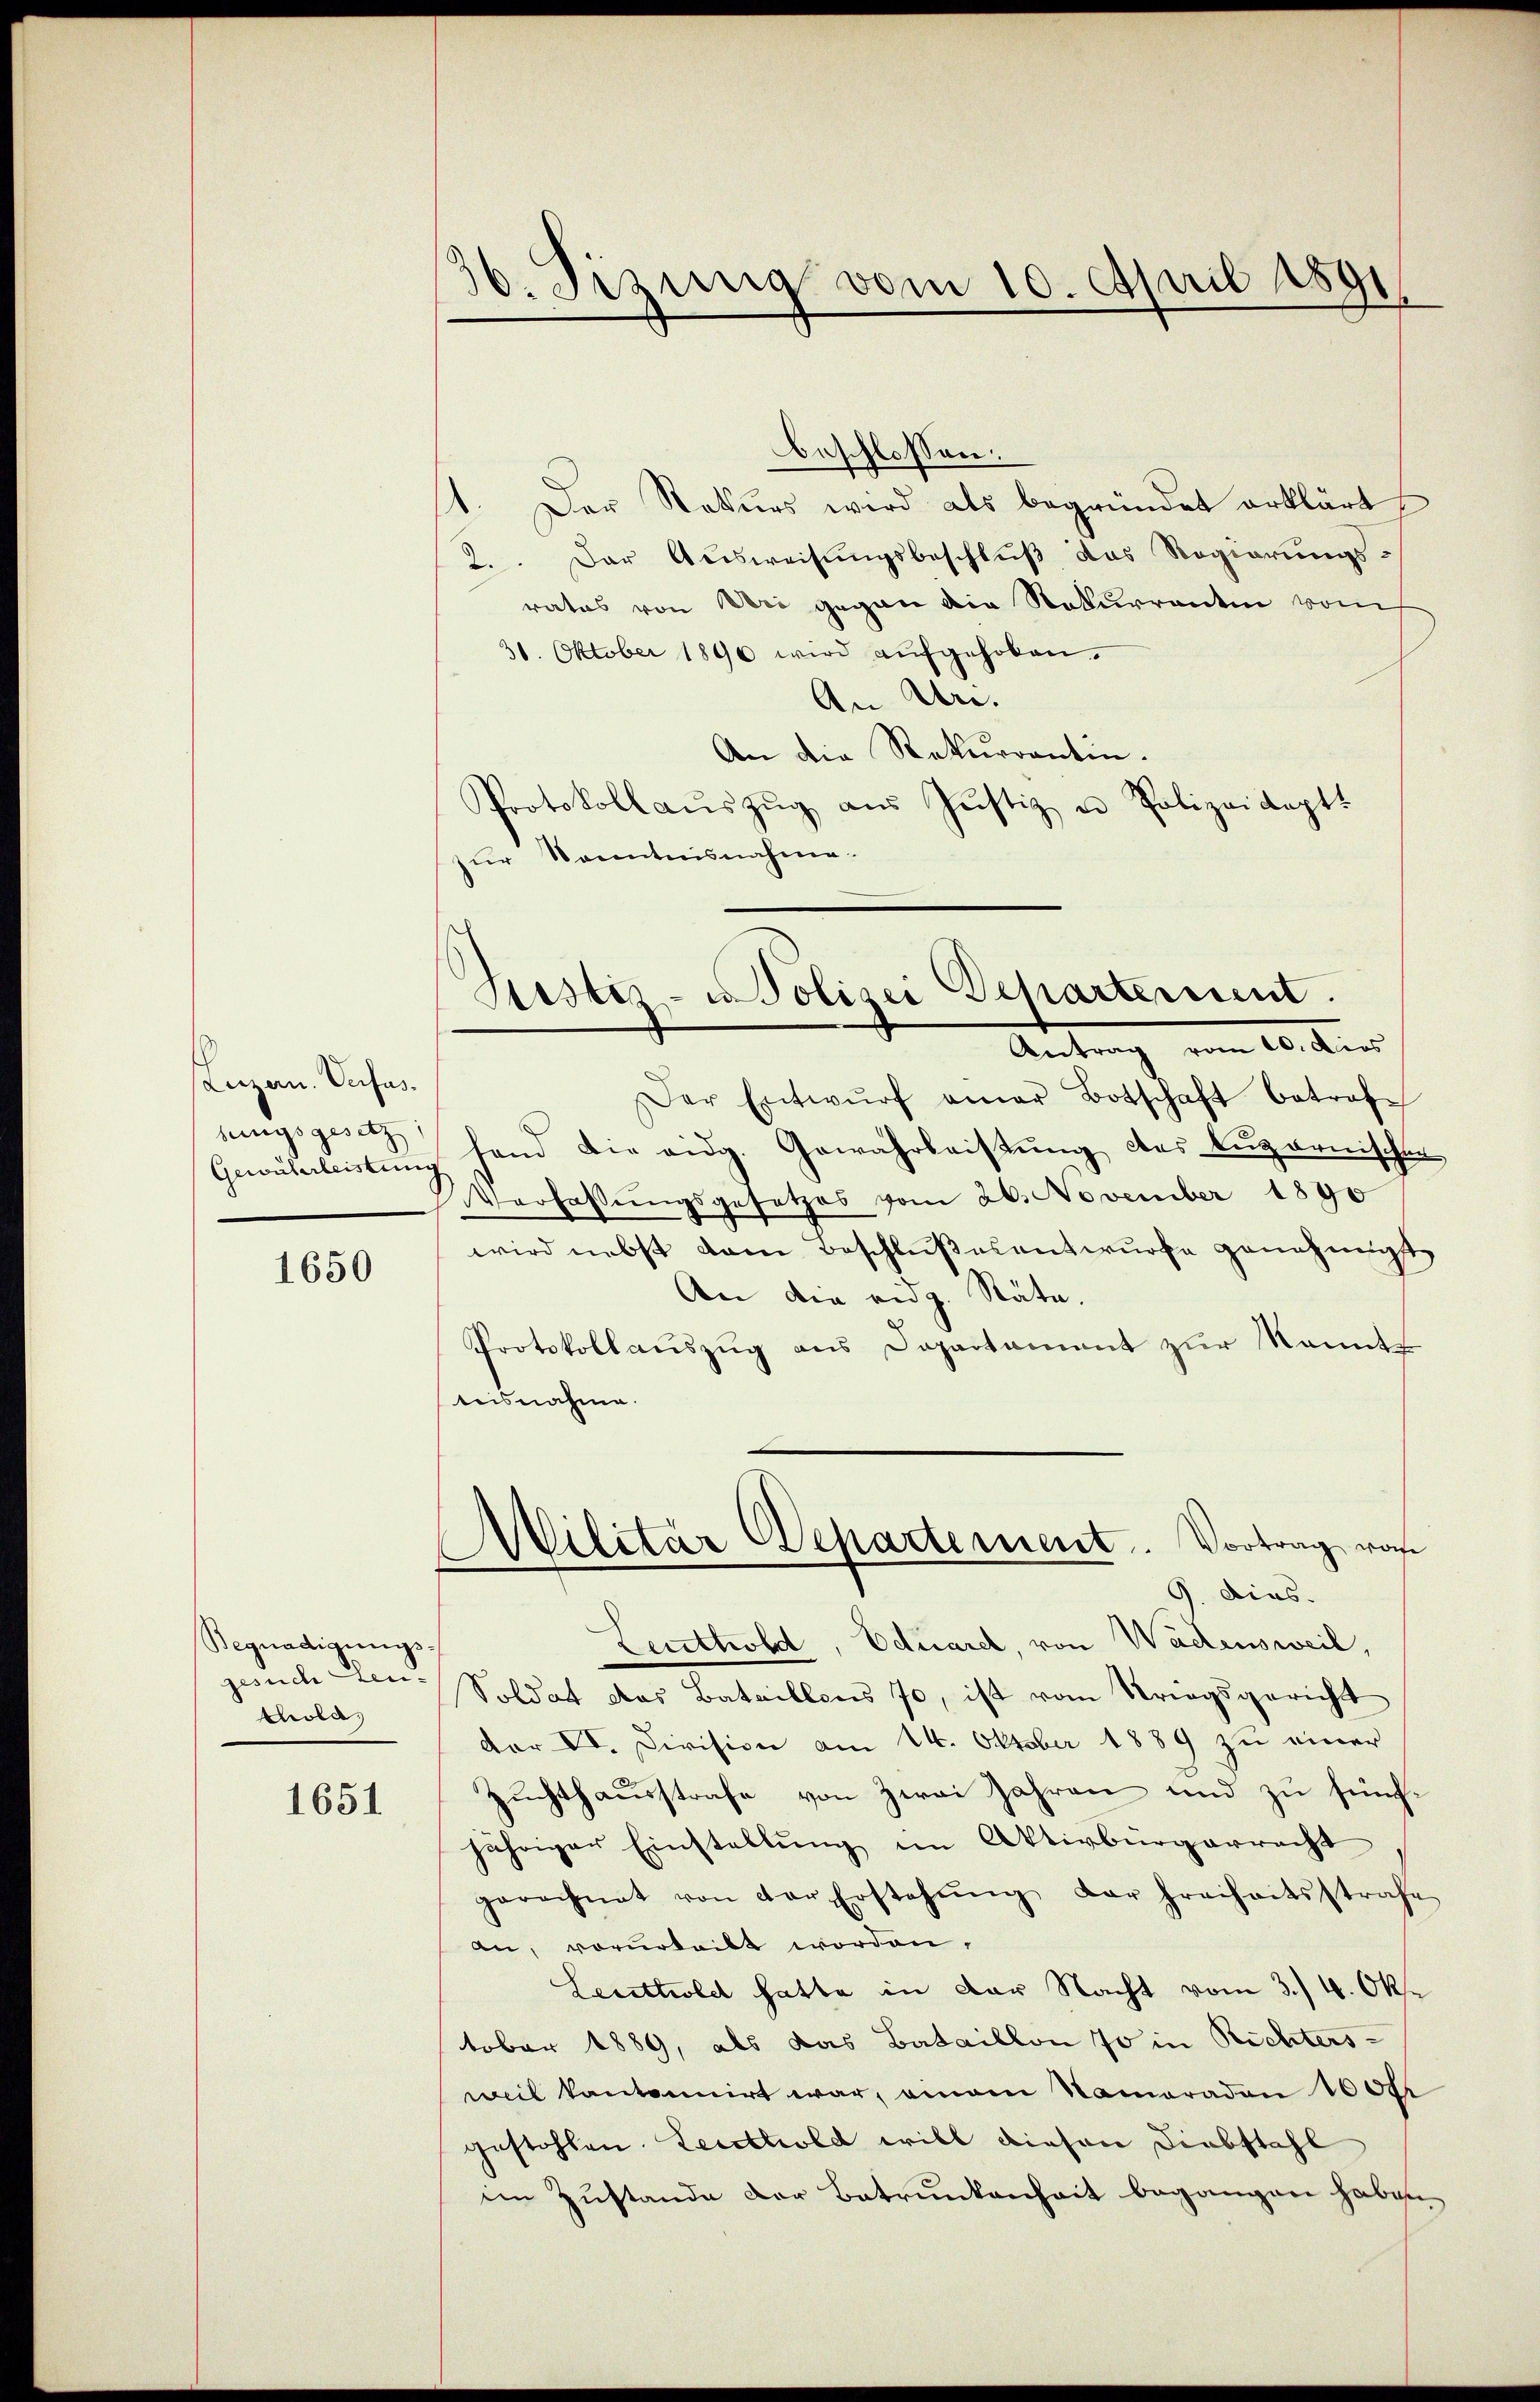
Luzern. Verfasbungsgesetz
Gewährleistung

1650

Begnadigungs-
gesuch Leuchola,

1651

30. Sizung vom 10. April 1891

11. Der Rekŭrs wird als begründet erklärt
2. Der Ausweisungsbeschluß das Regierungsratus von der gegen die Rekurrenten vom
30. Oktober 1890 wird aŭfgehoben.
An Un¬
An die Rekurrentin.
Protokoll aŭszŭg aŭs Justiz u. Polizeikoptt
zur Kenntnisnahme.

beschlossen:

Justiz- u. Polizei Departement.
Antrag vom 10. dies

Militär Departement. Vortrag von
G. dies.

Der Entwŭrf aner Botschaft betroffand die eidg. Gewährleistung des Lugarnischen
Verfassungsgesetzes vom 26. November 1890
wird nebst vom Beschlußesentwurfe genehmigt,
An die eidg. Räte.
Protokollauszug aus Departament zur kannts
teisnahme.
Leuthold, Eduarel, von Wädensweil,
Soldat das Bataillens 70, ist vom Kriegsgericht
dar VI. Division am 14. Oktober 1889 zu einer
Zuchthausstrafe von zwei Jahren und zu fünfjähriger Einstellung im Aktivbürgerrecht
gerechnet von der Erstehŭng der freiheitsstrafe
an, vorurteilt worden.
Leuttiolet hatte in der Nacht vom 3. 4. Oktober 1889, als das Bataillon 70 in Richters-
weil kantonnirt war, einem Nameraden 100fr
gestohlen. Leuthold will diesen Diebstahl
im Zustande der Betrunkenheit begangen haben,